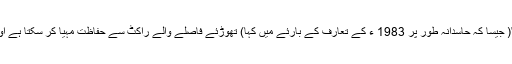
اس کی کامیابی ایک اشارہ ہے کہ " سیاروں کی جنگیں "( جیسا کہ حاسدانہ طور پر 1983 ء کے تعارف کے بارئے میں کہا) تھوڑئے فاصلے والے راکٹ سے حفاظت مہیا کر سکتا ہے اور شائد دور فاصلے والے راکٹوں اور میزائلوں سے بھی۔